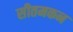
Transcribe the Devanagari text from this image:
सीतमकन